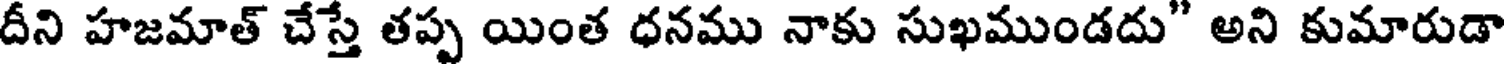
దీని హజమాత్ చేస్తే తప్ప యింత ధనము నాకు సుఖముండదు" అని కుమారుడా